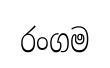
රංගම